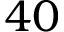
4 0